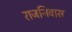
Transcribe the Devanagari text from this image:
राजनिवास